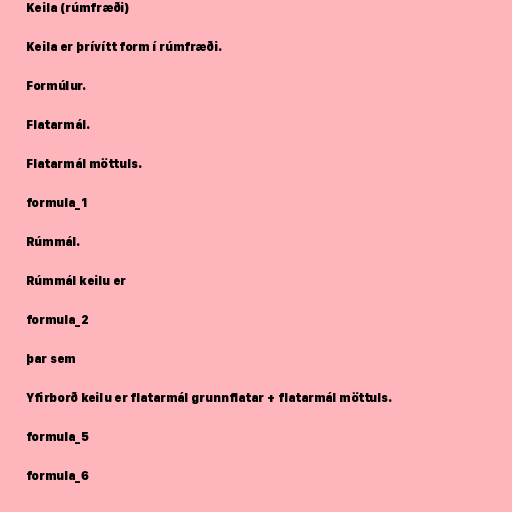
Keila (rúmfræði)

Keila er þrívítt form í rúmfræði.

Formúlur.

Flatarmál.

Flatarmál möttuls.

formula_1

Rúmmál.

Rúmmál keilu er

formula_2

þar sem

Yfirborð keilu er flatarmál grunnflatar + flatarmál möttuls.

formula_5

formula_6